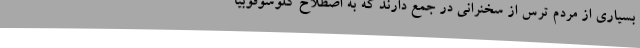
بسیاری از مردم ترس از سخنرانی در جمع دارند که به اصطلاح گلوسوفوبیا